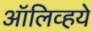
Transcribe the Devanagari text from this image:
ऑलिव्हये